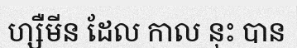
ហ្សឺមីន ដែល កាល នុះ បាន